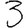
Digit: 3